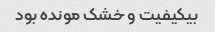
بیکیفیت و خشک مونده بود